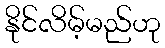
နိုင်လိမ့်မည်ဟု